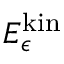
E _ { \epsilon } ^ { \mathrm { k i n } }